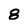
Character: 8